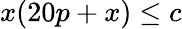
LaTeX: x(20p+x)\leq c